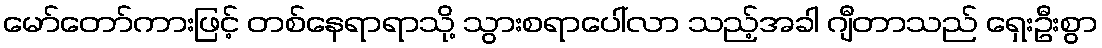
မော်တော်ကားဖြင့် တစ်နေရာရာသို့ သွားစရာပေါ်လာ သည့်အခါ ဂျီတာသည် ရှေးဦးစွာ